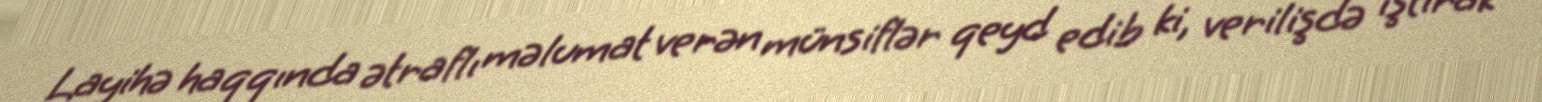
Layihə haqqında ətraflı məlumat verən münsiflər qeyd edib ki, verilişdə iştirak